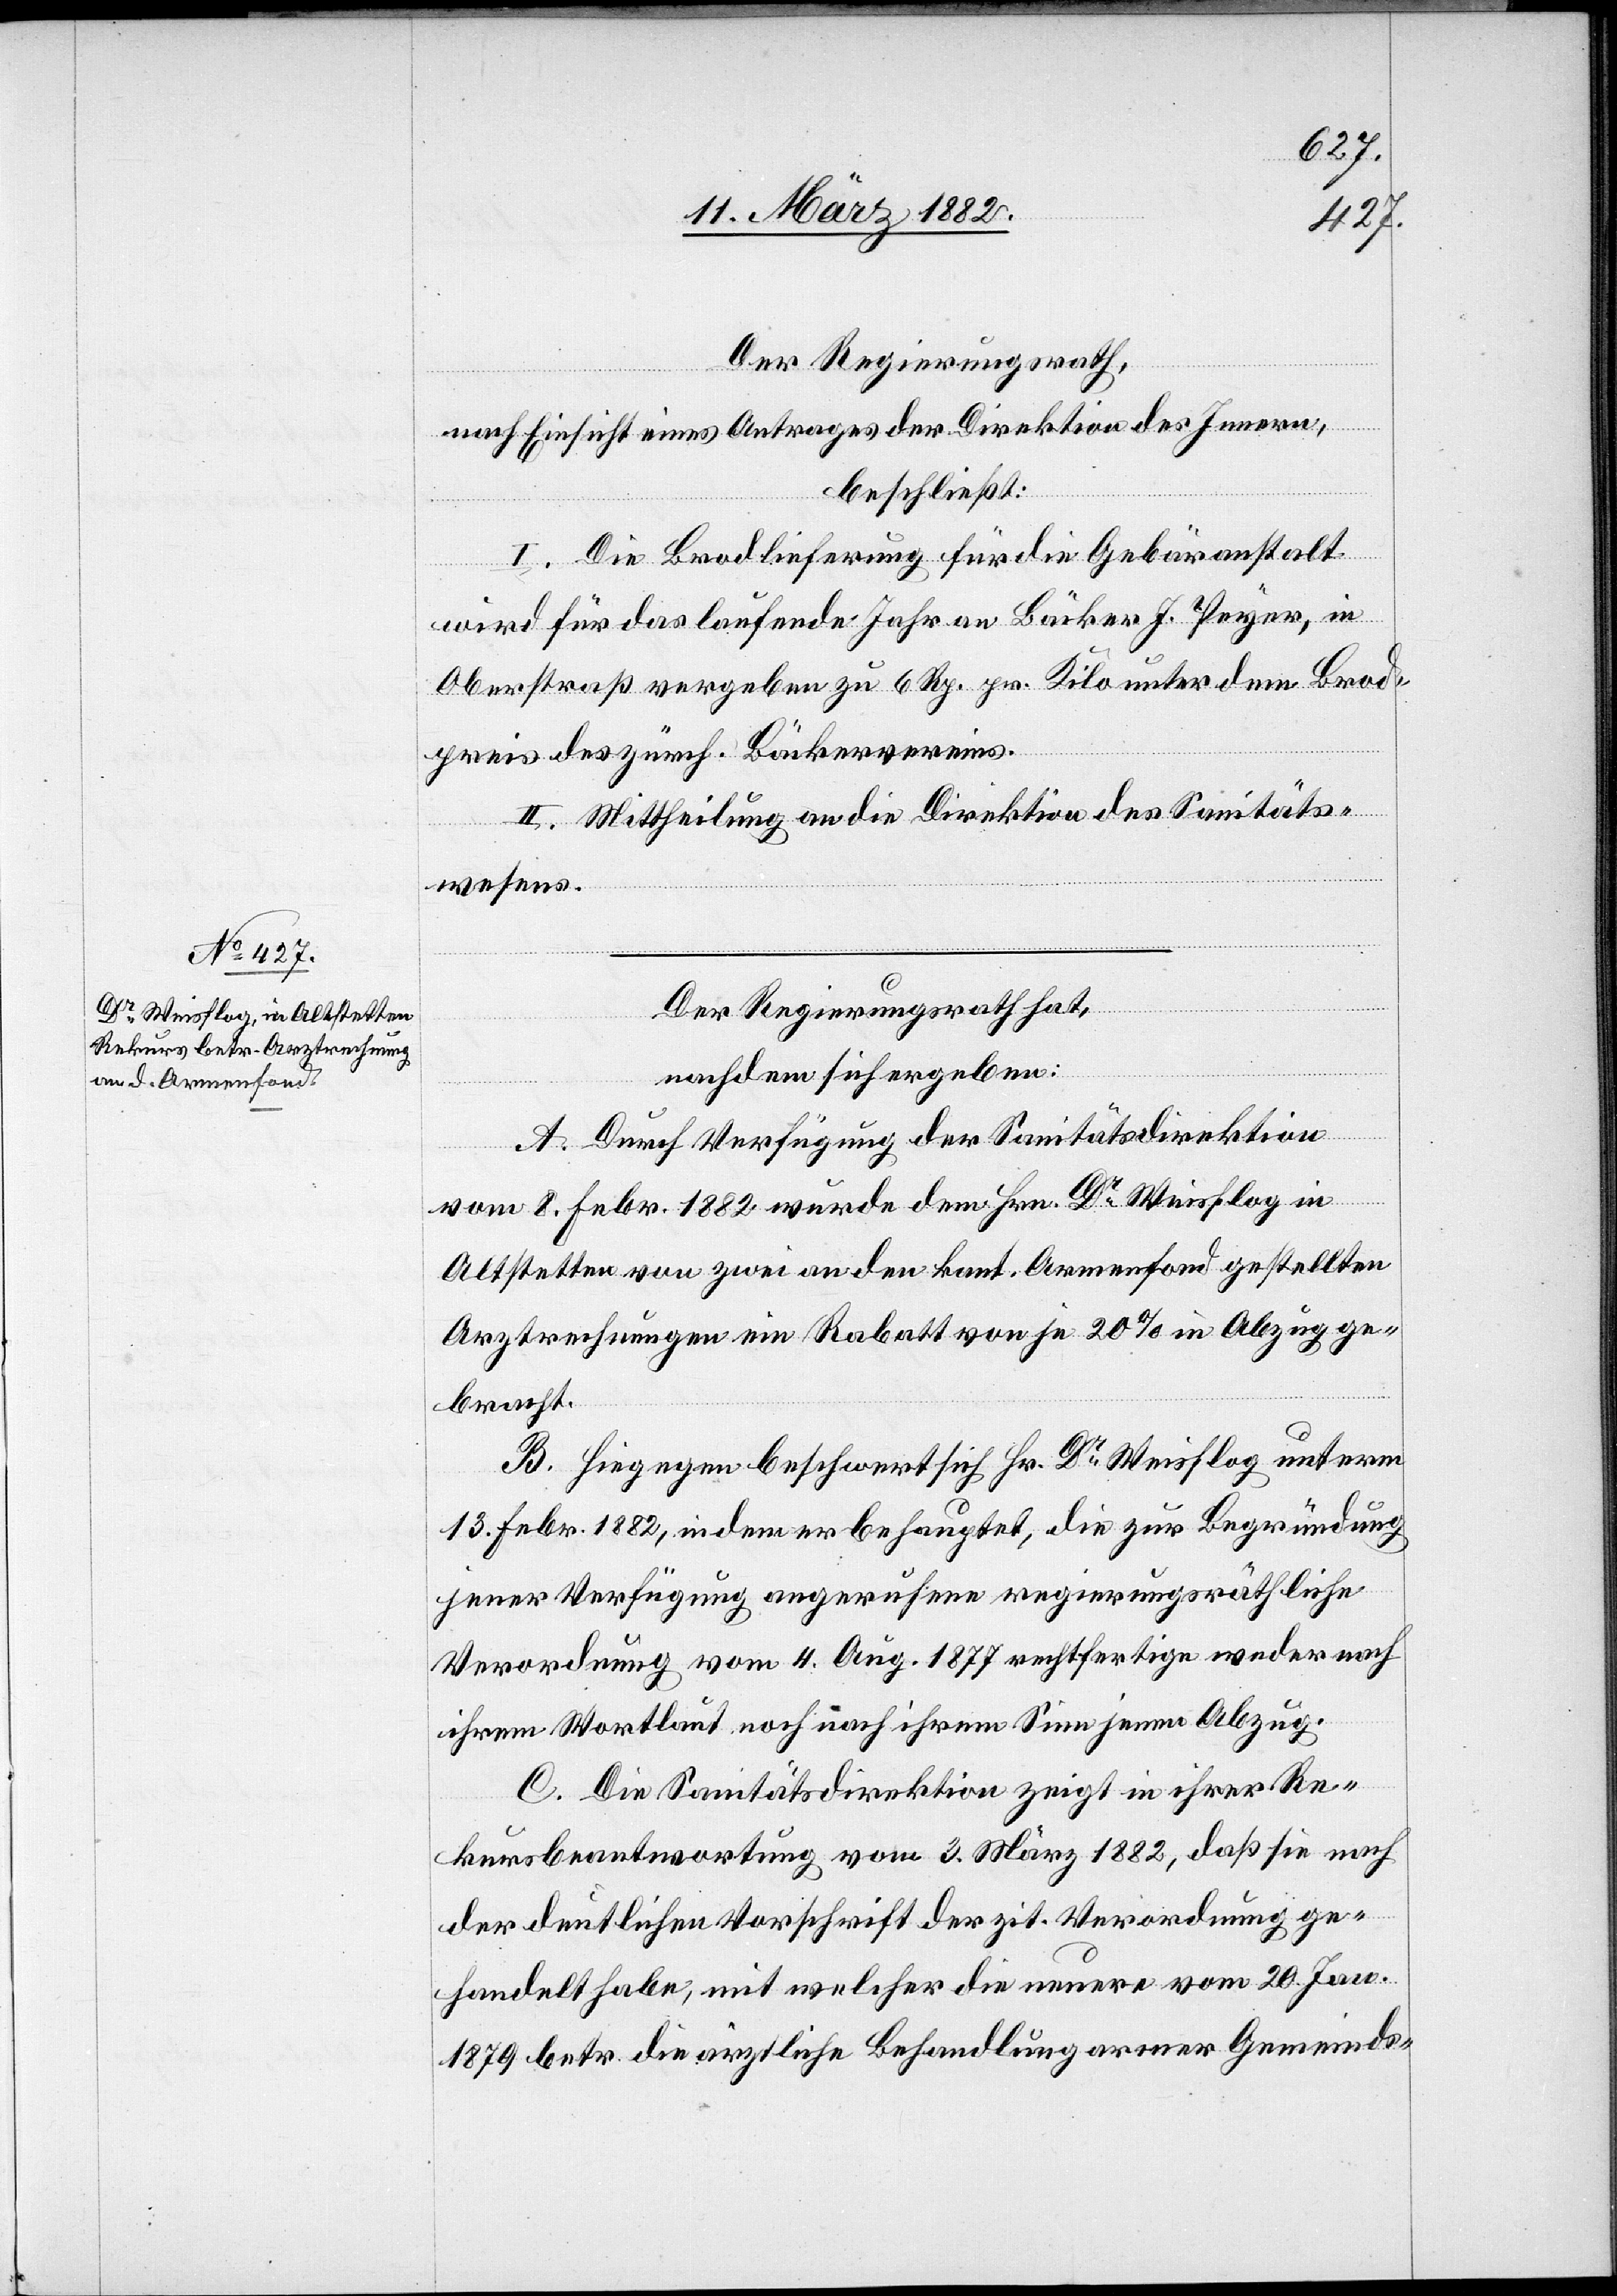
Der Regierungsrath,
nach Einsicht eines Antrages der Direktion des Innern,
beschließt:
I. Die Brodlieferung für die Gebäranstalt
wird für das laufende Jahr an Bäcker J. Peyer, in
Oberstraß vergeben zu 6 Rp. pr. Kilo unter dem Brod¬
preis des zürch. Bäckervereins.
II. Mittheilung an die Direktion des Sanitäts¬
wesens.
Der Regierungsrath hat,
nachdem sich ergeben:
A. Durch Verfügung der Sanitätsdirektion
vom 8. Febr. 1882 wurde dem Hrn. Dr Weisflog in
Altstetten von zwei an den kant. Armenfond gestellten
Arztrechnungen ein Rabatt von je 20% in Abzug ge¬
bracht.
B. Hiegegen beschwert sich Hr. Dr Weisflog unterm
13. Febr. 1882, indem er behauptet, die zur Begründung
jener Verfügung angerufene regierungsräthliche
Verordnung vom 4. Aug. 1877 rechtfertige weder nach
ihrem Wortlaute noch nach ihrem Sinn jenen Abzug.
C. Die Sanitätsdirektion zeigt in ihrer Re¬
kursbeantwortung vom 3. März 1882, daß sie nach
der deutlichen Vorschrift der zit. Verordnung ge¬
handelt habe, mit welcher die neuere vom 20. Jan.
1879 betr. die ärztliche Behandlung armer Gemeinds-